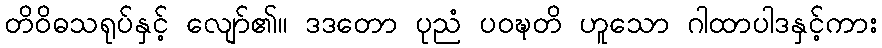
တိဝိဓသရုပ်နှင့် လျော်၏။ ဒဒတော ပုညံ ပဝဍ္ဎတိ ဟူသော ဂါထာပါဒနှင့်ကား